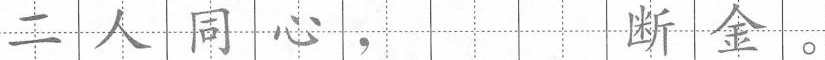
二人同心， 断金。